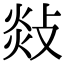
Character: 敥